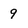
Character: 9